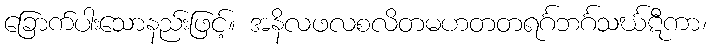
ခြောက်ပါးသောနည်းဖြင့်။ အနိလဖလစလိတမဟတတရင်္ဂဘင်္ဂသင်္ဃဋီကာ၊